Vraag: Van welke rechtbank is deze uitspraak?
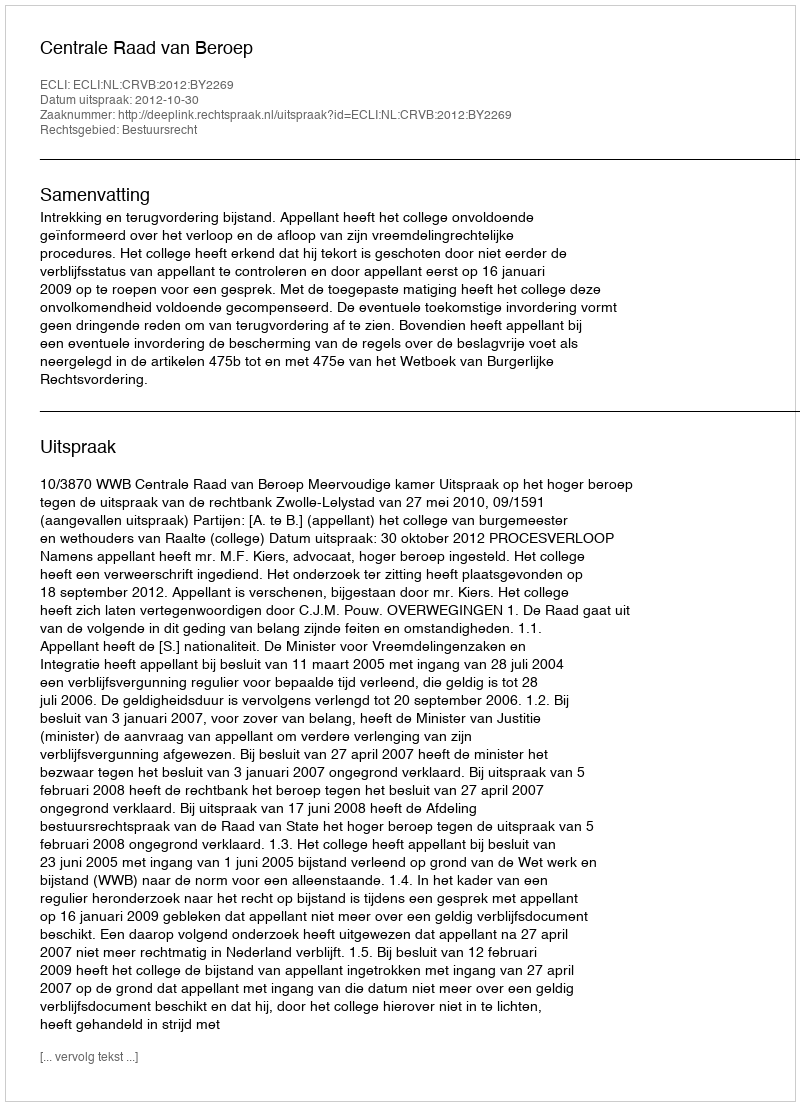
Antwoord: Centrale Raad van Beroep